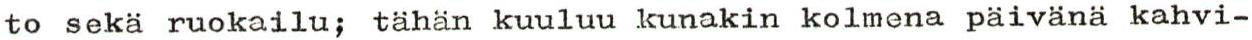
to sekä ruokailu; tähän kuuluu kunakin kolmena päivänä kahvi-